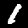
Digit: 1